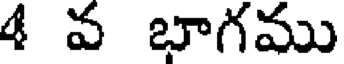
4 వ భాగము